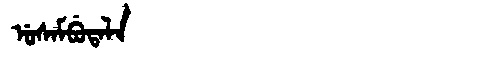
Manchu: ᡠᠰᠠᠮᠪᡠᡨᠠᠯᠠ
Romanization: USAMBUTALA